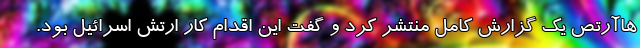
هاآرتص یک گزارش کامل منتشر کرد و گفت این اقدام کار ارتش اسرائیل بود.